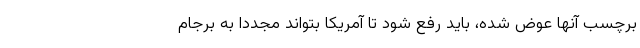
برچسب آنها عوض شده، باید رفع شود تا آمریکا بتواند مجددا به برجام